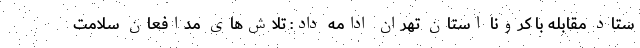
ستاد مقابله با کرونا استان تهران ادامه داد: تلاش‌های مدافعان سلامت